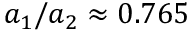
a _ { 1 } / a _ { 2 } \approx 0 . 7 6 5